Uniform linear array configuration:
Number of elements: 12
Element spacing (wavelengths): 1
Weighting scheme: exponential
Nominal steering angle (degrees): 45
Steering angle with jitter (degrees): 43.684
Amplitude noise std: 0.05
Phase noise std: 0.05

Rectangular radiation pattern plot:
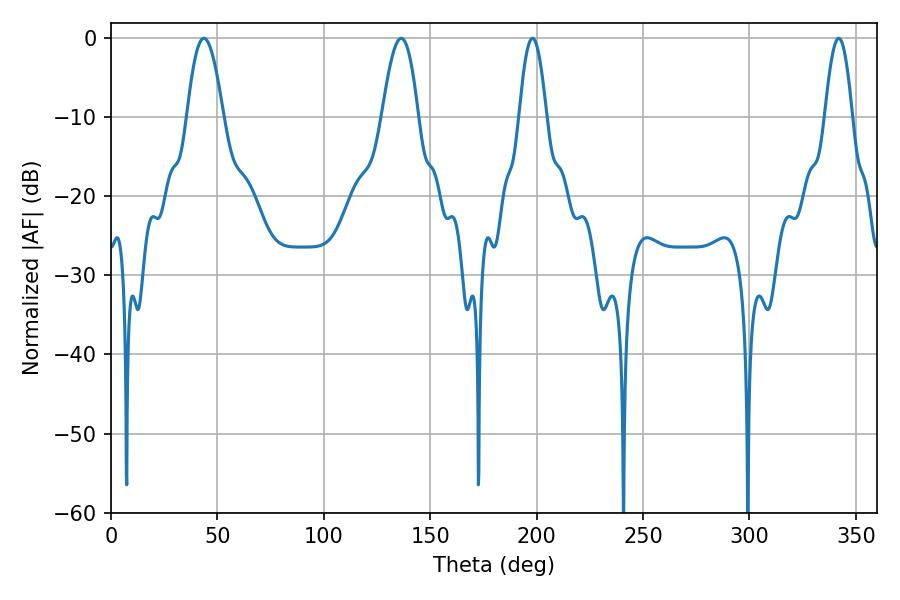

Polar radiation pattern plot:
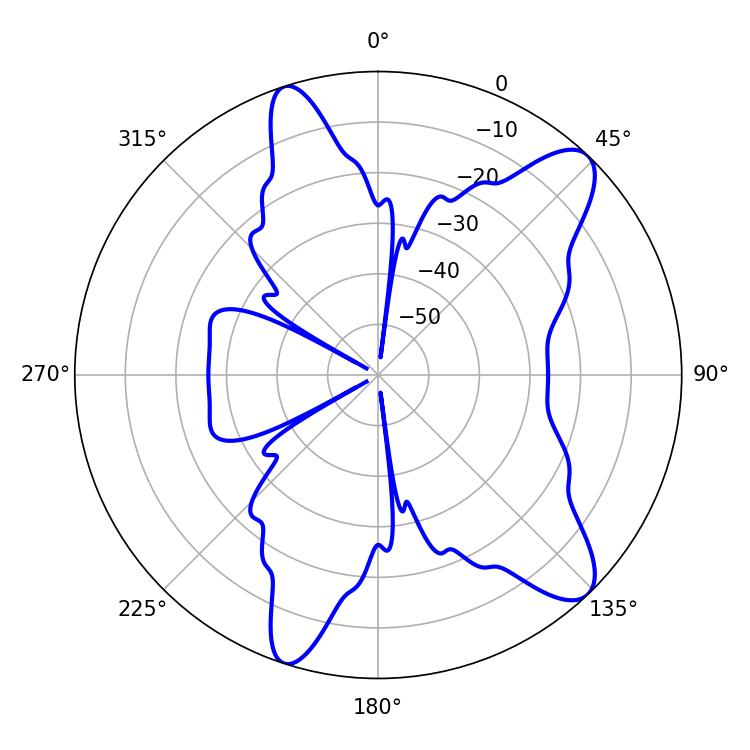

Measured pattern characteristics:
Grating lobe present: TRUE
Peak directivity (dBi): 10.743
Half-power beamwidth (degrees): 7.02
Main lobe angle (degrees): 198